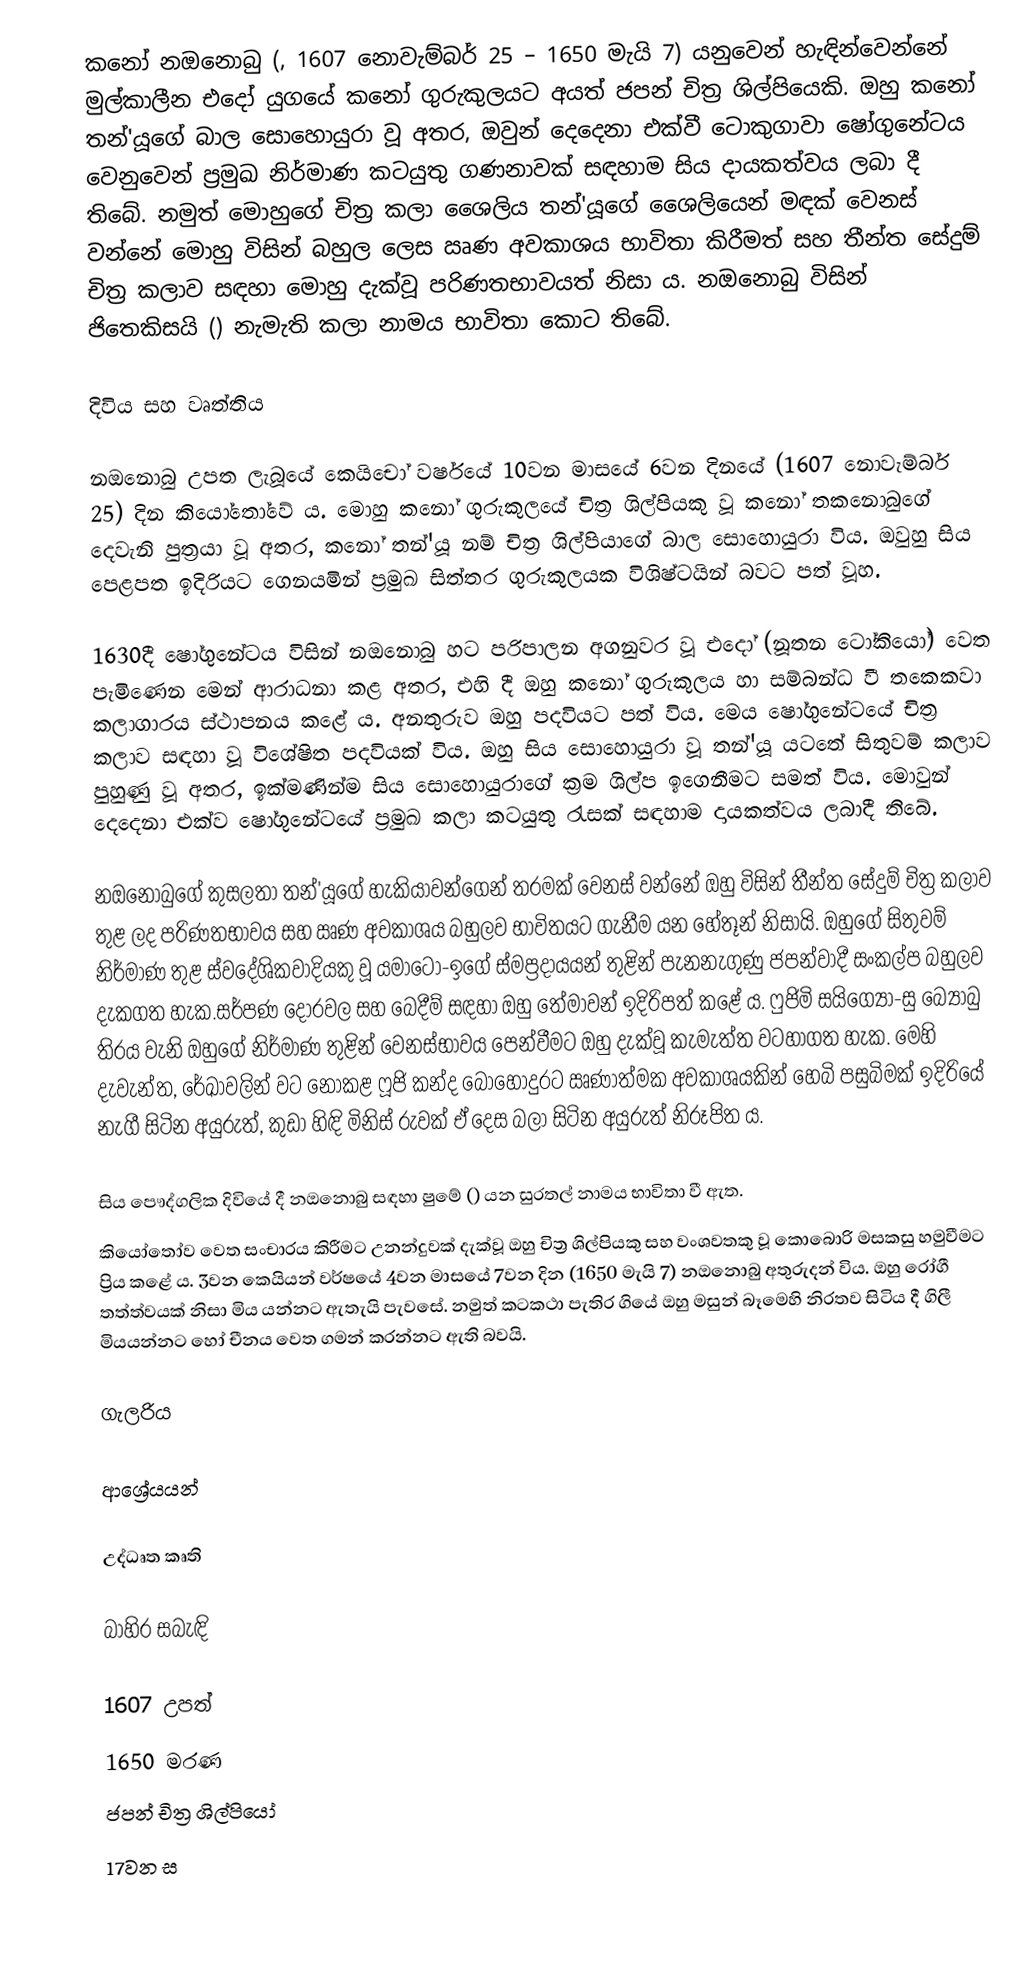
කනෝ නඔනොබු (, 1607 නොවැම්බර් 25 – 1650 මැයි 7) යනුවෙන් හැඳින්වෙන්නේ මුල්කාලීන එදෝ යුගයේ කනෝ ගුරුකුලයට අයත් ජපන් චිත්‍ර ශිල්පියෙකි. ඔහු කනෝ තන්'යූගේ බාල සොහොයුරා වූ අතර, ඔවුන් දෙදෙනා එක්වී ටොකුගාවා ෂෝගුනේටය වෙනුවෙන් ප්‍රමුඛ නිර්මාණ කටයුතු ගණනාවක් සඳහාම සිය දායකත්වය ලබා දී තිබේ. නමුත් මොහුගේ ‍චිත්‍ර කලා ශෛලිය තන්'යූගේ ශෛලියෙන් මඳක් වෙනස් වන්නේ මොහු විසින් බහුල ලෙස ඍණ අවකාශය භාවිතා කිරීමත් සහ තීන්ත සේදුම් චිත්‍ර කලාව සඳහා මොහු දැක්වූ පරිණතභාවයත් නිසා ය. නඔනොබු විසින් ජිතෙකිසයි () නැමැති කලා නාමය භාවිතා කොට තිබේ.

දිවිය සහ වෘත්තිය

නඔනොබු උපත ලැබූයේ කෙයිචෝ වර්ෂයේ 10වන මාසයේ 6වන දිනයේ (1607 නොවැම්බර් 25) දින කියෝතෝ‍වේ ය. මොහු කනෝ ගුරුකුලයේ චිත්‍ර ශිල්පියකු වූ කනෝ තකනොබුගේ දෙවැනි පුත්‍රයා වූ අතර, කනෝ තන්'යූ නම් චිත්‍ර ශිල්පියාගේ බාල සොහොයුරා විය. ඔවුහු සිය පෙළපත ඉදිරියට ගෙනයමින් ප්‍රමුඛ සිත්තර ගුරුකුලයක විශිෂ්ටයින් බවට පත් වූහ.

1630දී ෂෝගුනේටය විසින් නඔනොබු හට පරිපාලන අගනුවර වූ එදෝ (නූතන ටෝකියෝ) වෙත පැමිණෙන මෙන් ආරාධනා කළ අතර, එහි දී ඔහු කනෝ ගුරුකුලය හා සම්බන්ධ වී තකෙකවා කලාගාරය ස්ථාපනය කළේ ය. අනතුරුව ඔහු  පදවියට පත් විය. මෙය ෂෝගුනේටයේ චිත්‍ර කලාව සඳහා වූ විශේෂිත පදවියක් විය. ඔහු සිය සොහොයුරා වූ තන්'යූ යටතේ සිතුවම් කලාව පුහුණු වූ අතර, ඉක්මණින්ම සිය සොහොයුරාගේ ක්‍රම ශිල්ප ඉගෙනීමට සමත් විය. මොවුන් දෙදෙනා එක්ව ෂෝගුනේටයේ ප්‍රමුඛ කලා කටයුතු රැසක් සඳහාම දායකත්වය ලබාදී තිබේ.

නඔනොබුගේ කුසලතා තන්'යූගේ හැකියාවන්ගෙන් තරමක් වෙනස් වන්නේ ඔහු විසින් තීන්ත සේදුම් චිත්‍ර කලාව තුළ ලද පරිණතභාවය සහ ඍණ අවකාශය බහුලව භාවිතයට ගැනීම යන හේතූන් නිසායි. ඔහුගේ සිතුවම් නිර්මාණ තුළ ස්වදේශිකවාදියකු වූ යමාටෝ-ඉගේ ස්මප්‍රදායයන් තුළින් පැනනැගුණු ජපන්වාදී සංකල්ප බහුලව දැකගත හැක.සර්පණ දොරවල සහ බෙදීම් සඳහා ඔහු තේමාවන් ඉදිරිපත් කළේ ය. ෆුජිමි සයිග්‍යෝ-සු බ්‍යෝබු තිරය වැනි ඔහුගේ නිර්මාණ තුළින් වෙනස්භාවය පෙන්වීමට ඔහු දැක්වූ කැමැත්ත වටහාගත හැක. මෙහි දැවැන්ත, රේඛාවලින් වට නොකළ ෆූජි කන්ද බොහෝදුරට ඍණාත්මක අවකාශයකින් හෙබි පසුබිමක් ඉදිරියේ නැගී සිටින අයුරුත්, කුඩා හිඳි මිනිස් රුවක් ඒ දෙස බලා සිටින අයුරුත් නිරූපිත ය.

සිය පෞද්ගලික දිවියේ දී නඔනොබු සඳහා ෂුමේ () යන සුරතල් නාමය භාවිතා වී ඇත.
කියෝතෝව වෙත සංචාරය කිරීමට උනන්දුවක් දැක්වූ ඔහු චිත්‍ර ශිල්පියකු සහ වංශවතකු වූ කොබොරි මසකසු හමුවීමට ප්‍රිය කළේ ය. 3වන කෙයියන් වර්ෂයේ 4වන මාසයේ 7වන දින (1650 මැයි 7) නඔනොබු අතුරුදන් විය. ඔහු රෝගී තත්ත්වයක් නිසා මිය යන්නට ඇතැයි පැවසේ. නමුත් කටකථා පැතිර ගියේ ඔහු මසුන් බෑමෙහි නිරතව සිටිය දී ගිලී මියයන්නට හෝ චීනය වෙත ගමන් කරන්නට ඇති බවයි.

ගැලරිය

ආශ්‍රේයයන්

උද්ධෘත කෘති

බාහිර සබැඳි

1607 උපත්
1650 මරණ
ජපන් චිත්‍ර ශිල්පියෝ
17වන ස